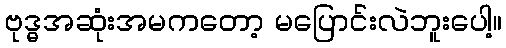
ဗုဒ္ဓအဆုံးအမကတော့ မပြောင်းလဲဘူးပေါ့။